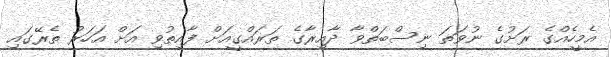
އެމީހެއްގެ ރަށުގެ ނުވަތަ ނިސްބަތްވާ ދާއިރާގެ ތަރައްގީއަށް ފާއިތުވި އަށް އަހަރު ތެރޭގައި